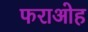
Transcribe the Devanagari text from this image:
फराओह